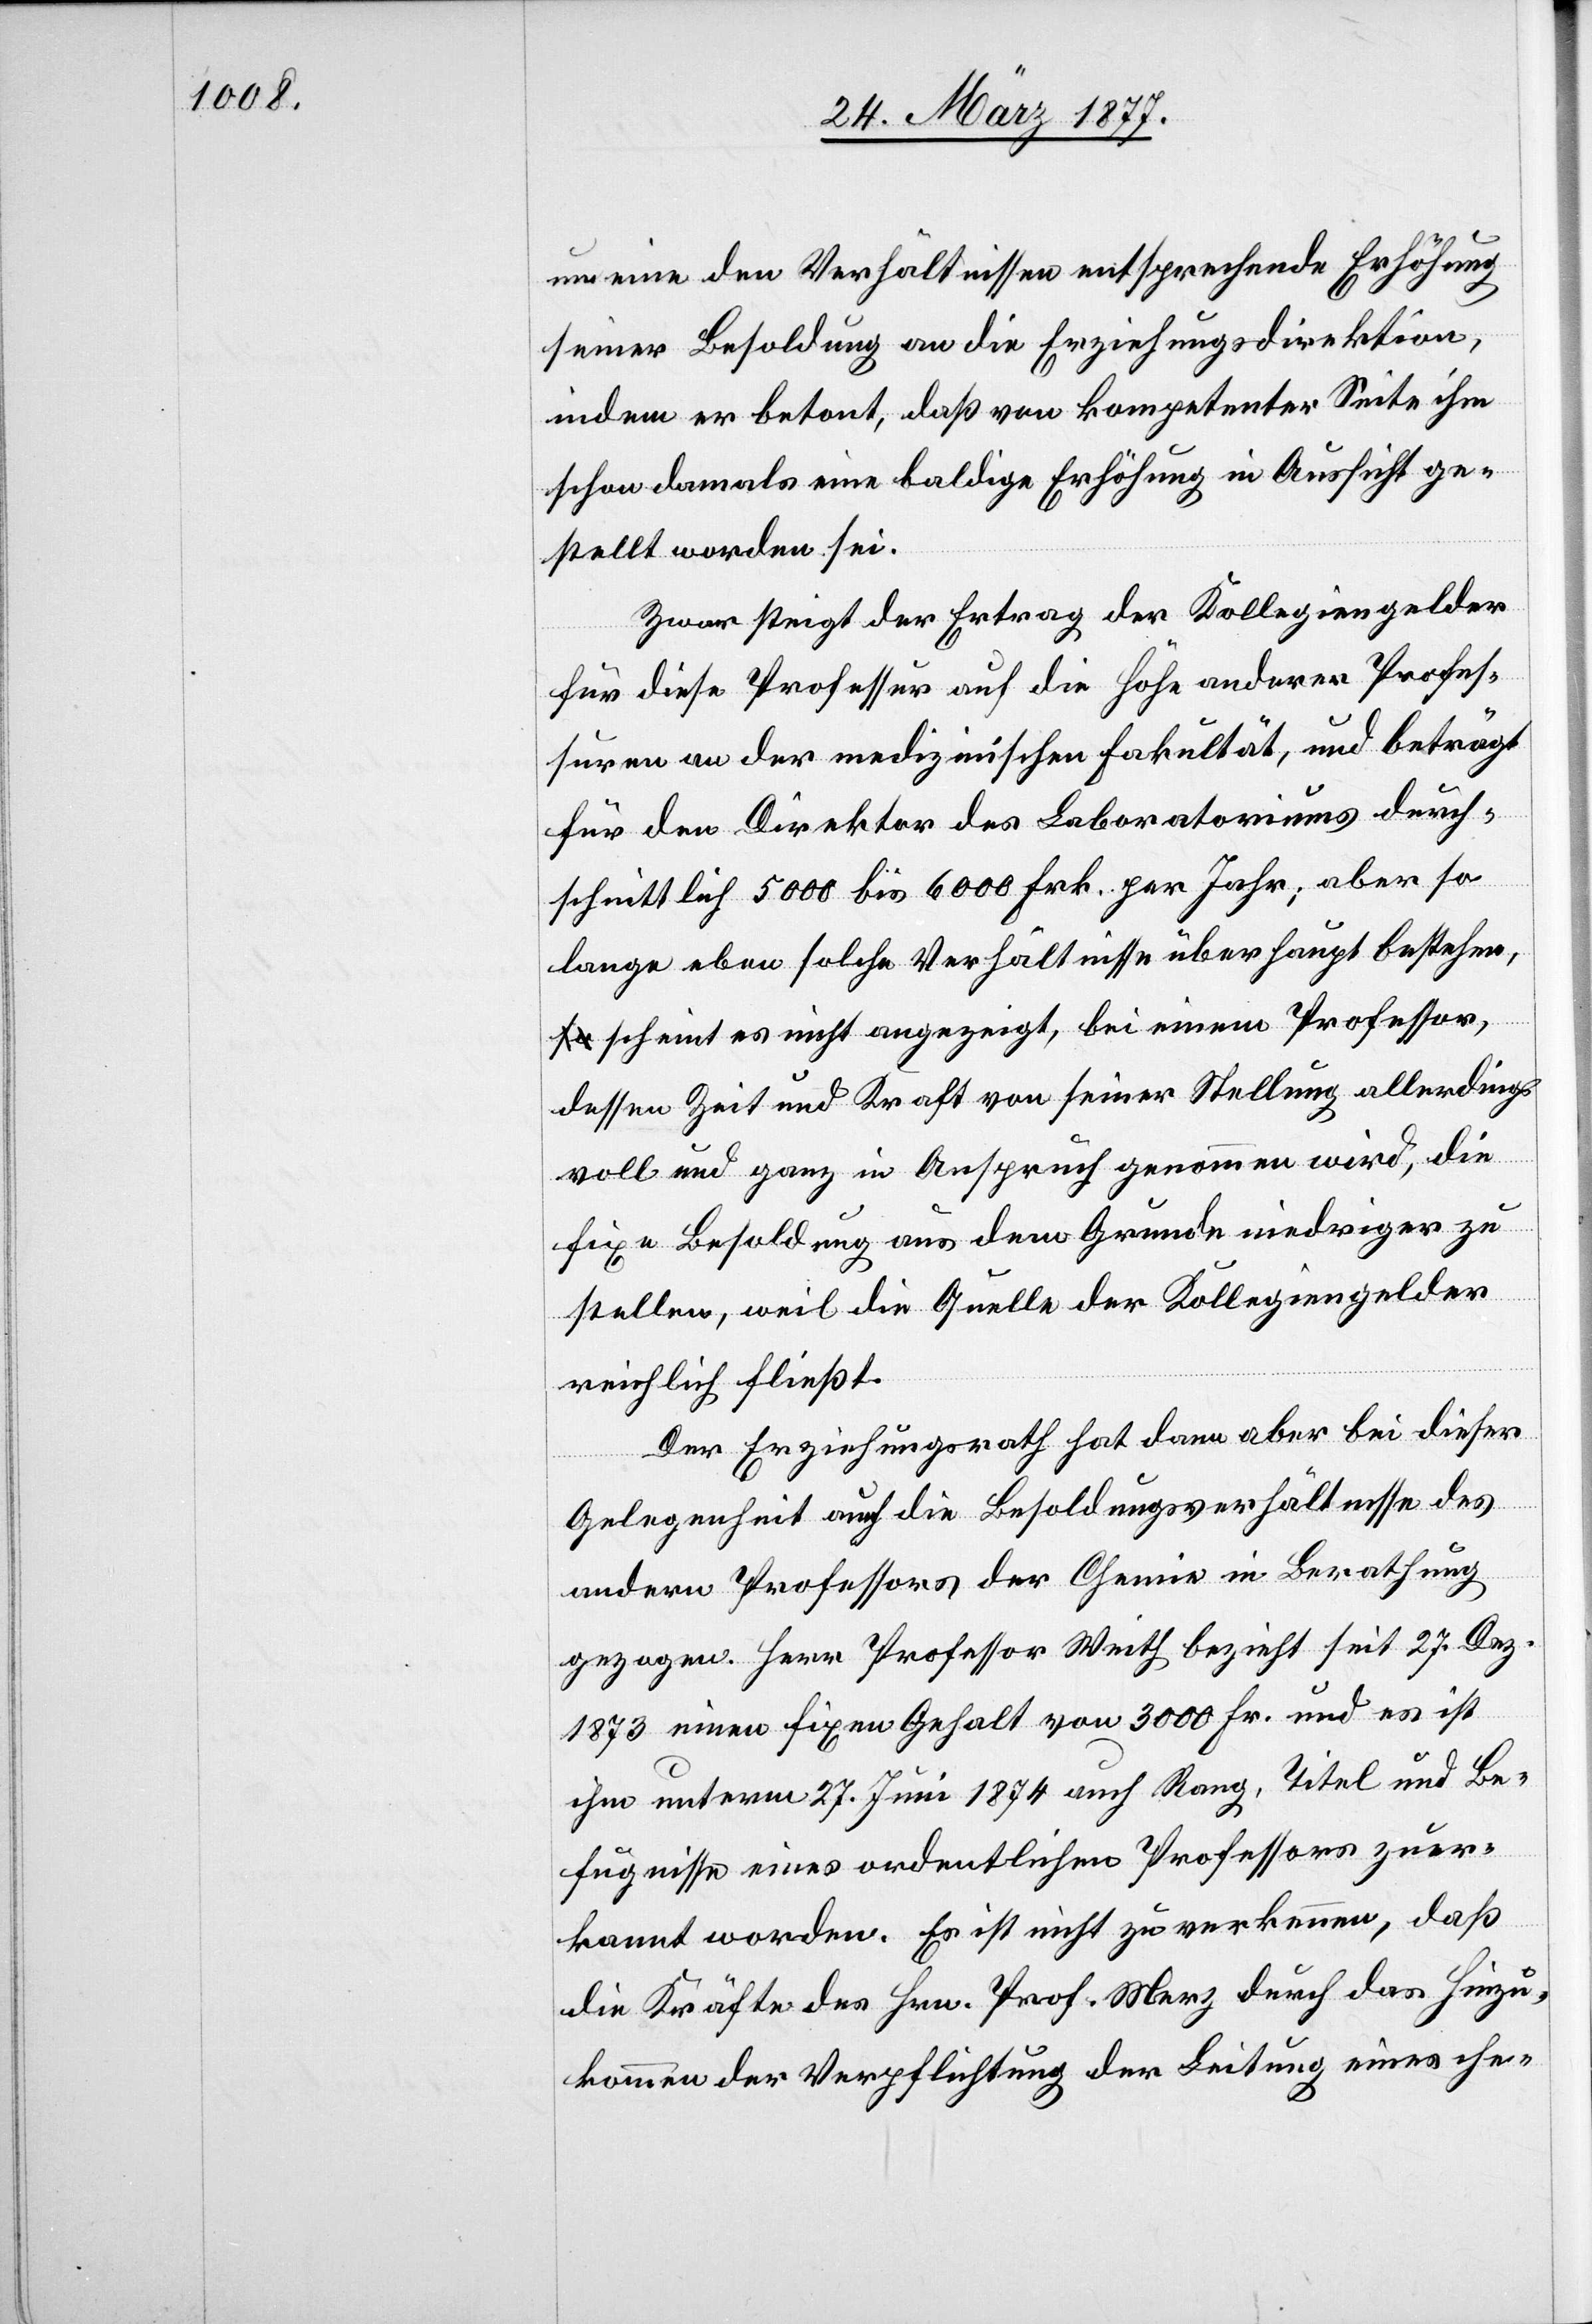
um eine den Verhältnissen entsprechende Erhöhung
seiner Besoldung an die Erziehungsdirektion,
indem er betont, daß von kompetenter Seite ihm
schon damals eine baldige Erhöhung in Aussicht ge¬
stellt worden sei.
Zwar steigt der Ertrag der Kollegiengelder
für diese Professur auf die Höhe anderer Profes¬
suren an der medizinischen Fakultät, und beträgt
für den Direktor des Laboratoriums durch¬
schnittlich 5000 bis 6000 Frk. per Jahr; aber so
lange eben solche Verhältnisse überhaupt bestehen,
scheint es nicht angezeigt, bei einem Professor,
dessen Zeit und Kraft von seiner Stellung allerdings
voll und ganz in Anspruch genommen wird, die
fixe Besoldung aus dem Grunde niedriger zu
stellen, weil die Quelle der Kollegiengelder
reichlich fließt.
Der Erziehungsrath hat dann aber bei dieser
Gelegenheit auch die Besoldungsverhältnisse des
andern Professors der Chemie in Berathung
gezogen. Herr Professor Weith bezieht seit 27. Dez.
1873 einen fixen Gehalt von 3000 Fr. und es ist
ihm unterm 27. Juni 1874 auch Rang, Titel und Be¬
fugnisse eines ordentlichen Professors zuer¬
kannt worden. Es ist nicht zu verkennen, daß
die Kräfte des Hrn. Prof. Merz durch das Hinzu¬
kommen der Verpflichtung der Leitung eines che-